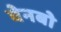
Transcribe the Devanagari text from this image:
वेनबो